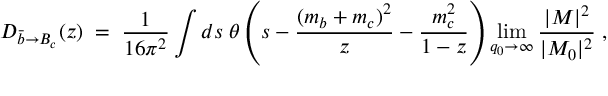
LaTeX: { D _ { { \bar { b } } \rightarrow B _ { c } } ( z ) \; = \; { \frac { 1 } { 1 6 \pi ^ { 2 } } } \int d s \; \theta \left( s - { \frac { ( m _ { b } + m _ { c } ) ^ { 2 } } { z } } - { \frac { m _ { c } ^ { 2 } } { 1 - z } } \right) \operatorname * { l i m } _ { q _ { 0 } \rightarrow \infty } { \frac { | { \cal M } | ^ { 2 } } { | { \cal M } _ { 0 } | ^ { 2 } } } \; , }